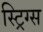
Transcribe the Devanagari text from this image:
स्ट्रिग्स